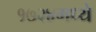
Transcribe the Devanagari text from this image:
१७२४मध्ये